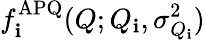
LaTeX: f_{\mathbf{i}}^{\mathrm{{APQ}}}(Q;Q_{\mathbf{i}},\sigma_{Q_{\mathbf{i}}}^{2})